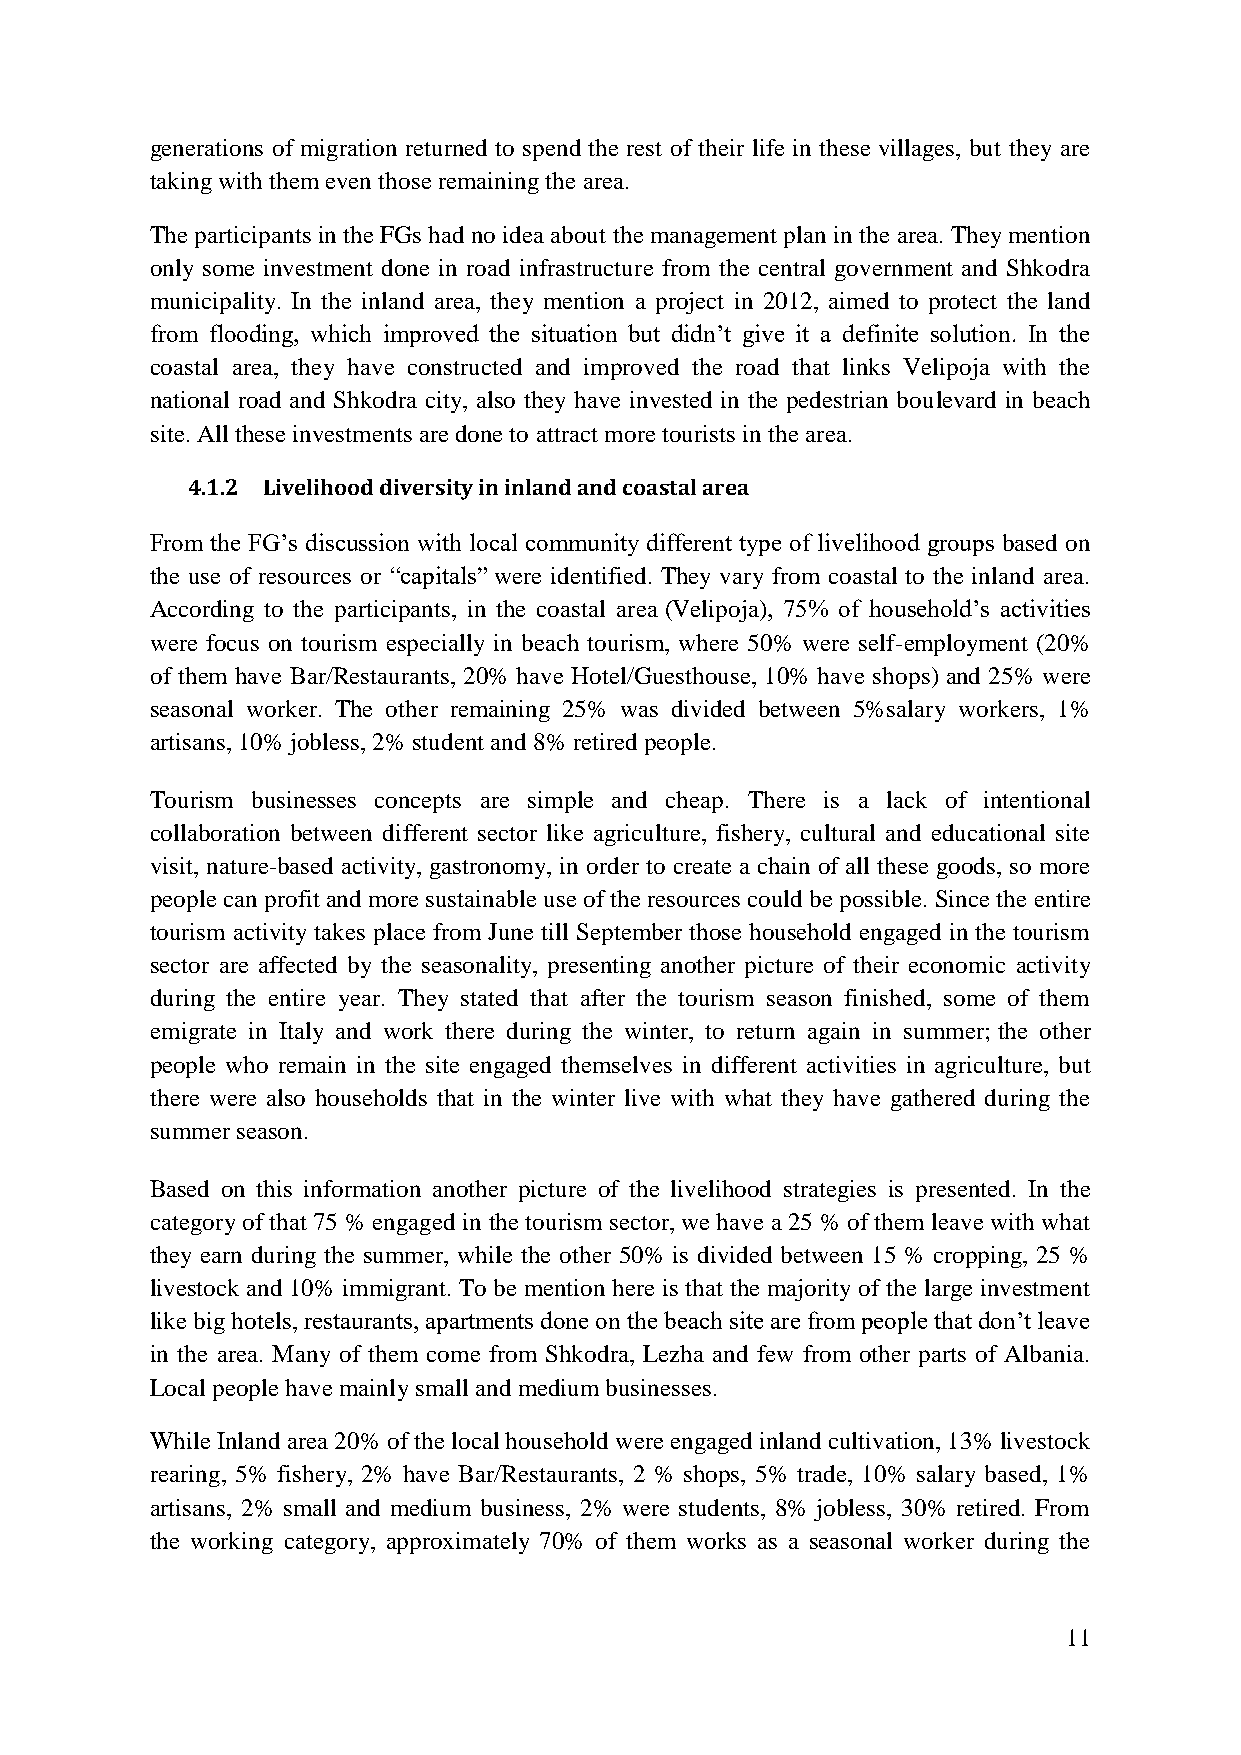
generations of migration returned to spend the rest of their life in these villages, but they are
 taking with them even those remaining the area.
 The participants in the FGs had no idea about the management plan in the area. They mention
 only some investment done in road infrastructure from the central government and Shkodra
 municipality. In the inland area, they mention a project in 2012, aimed to protect the land
 from flooding, which improved the situation but didn‟t give it a definite solution. In the
 coastal area, they have constructed and improved the road that links Velipoja with the
 national road and Shkodra city, also they have invested in the pedestrian boulevard in beach
 site. All these investments are done to attract more tourists in the area.
 4.1.2 Livelihood diversity in inland and coastal area
 From the FG‟s discussion with local community different type of livelihood groups based on
 the use of resources or “capitals” were identified. They vary from coastal to the inland area.
 According to the participants, in the coastal area (Velipoja), 75% of household‟s activities
 were focus on tourism especially in beach tourism, where 50% were self-employment (20%
 of them have Bar/Restaurants, 20% have Hotel/Guesthouse, 10% have shops) and 25% were
 seasonal worker. The other remaining 25% was divided between 5%salary workers, 1%
 artisans, 10% jobless, 2% student and 8% retired people.
 Tourism businesses concepts are simple and cheap. There is a lack of intentional
 collaboration between different sector like agriculture, fishery, cultural and educational site
 visit, nature-based activity, gastronomy, in order to create a chain of all these goods, so more
 people can profit and more sustainable use of the resources could be possible. Since the entire
 tourism activity takes place from June till September those household engaged in the tourism
 sector are affected by the seasonality, presenting another picture of their economic activity
 during the entire year. They stated that after the tourism season finished, some of them
 emigrate in Italy and work there during the winter, to return again in summer; the other
 people who remain in the site engaged themselves in different activities in agriculture, but
 there were also households that in the winter live with what they have gathered during the
 summer season.
 Based on this information another picture of the livelihood strategies is presented. In the
 category of that 75 % engaged in the tourism sector, we have a 25 % of them leave with what
 they earn during the summer, while the other 50% is divided between 15 % cropping, 25 %
 livestock and 10% immigrant. To be mention here is that the majority of the large investment
 like big hotels, restaurants, apartments done on the beach site are from people that don‟t leave
 in the area. Many of them come from Shkodra, Lezha and few from other parts of Albania.
 Local people have mainly small and medium businesses.
 While Inland area 20% of the local household were engaged inland cultivation, 13% livestock
 rearing, 5% fishery, 2% have Bar/Restaurants, 2 % shops, 5% trade, 10% salary based, 1%
 artisans, 2% small and medium business, 2% were students, 8% jobless, 30% retired. From
 the working category, approximately 70% of them works as a seasonal worker during the
 11